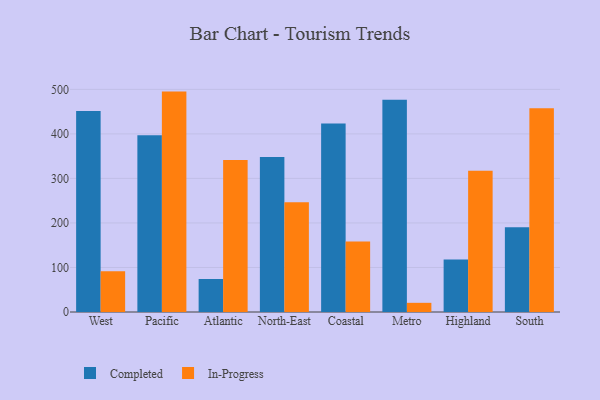
{"axis": {"x": "Region", "y": "Headcount"}, "legend": ["Completed", "In-Progress"], "data": [{"x": "West", "y": 451.6, "type": "Completed"}, {"x": "West", "y": 91.7, "type": "In-Progress"}, {"x": "Pacific", "y": 397.1, "type": "Completed"}, {"x": "Pacific", "y": 495.0, "type": "In-Progress"}, {"x": "Atlantic", "y": 74.1, "type": "Completed"}, {"x": "Atlantic", "y": 341.5, "type": "In-Progress"}, {"x": "North-East", "y": 347.9, "type": "Completed"}, {"x": "North-East", "y": 246.3, "type": "In-Progress"}, {"x": "Coastal", "y": 423.1, "type": "Completed"}, {"x": "Coastal", "y": 158.1, "type": "In-Progress"}, {"x": "Metro", "y": 476.6, "type": "Completed"}, {"x": "Metro", "y": 20.6, "type": "In-Progress"}, {"x": "Highland", "y": 118.1, "type": "Completed"}, {"x": "Highland", "y": 317.0, "type": "In-Progress"}, {"x": "South", "y": 190.6, "type": "Completed"}, {"x": "South", "y": 457.5, "type": "In-Progress"}]}